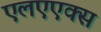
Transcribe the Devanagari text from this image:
एलएएक्स